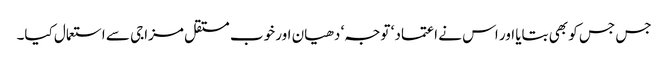
جس جس کو بھی بتایا اور اس نے اعتماد ‘ توجہ‘ دھیان اور خوب مستقل مزاجی سے استعمال کیا۔